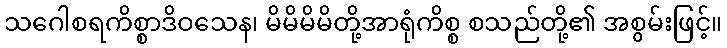
သဂေါစရကိစ္စာဒိဝသေန၊ မိမိမိမိတို့အာရုံကိစ္စ စသည်တို့၏ အစွမ်းဖြင့်။